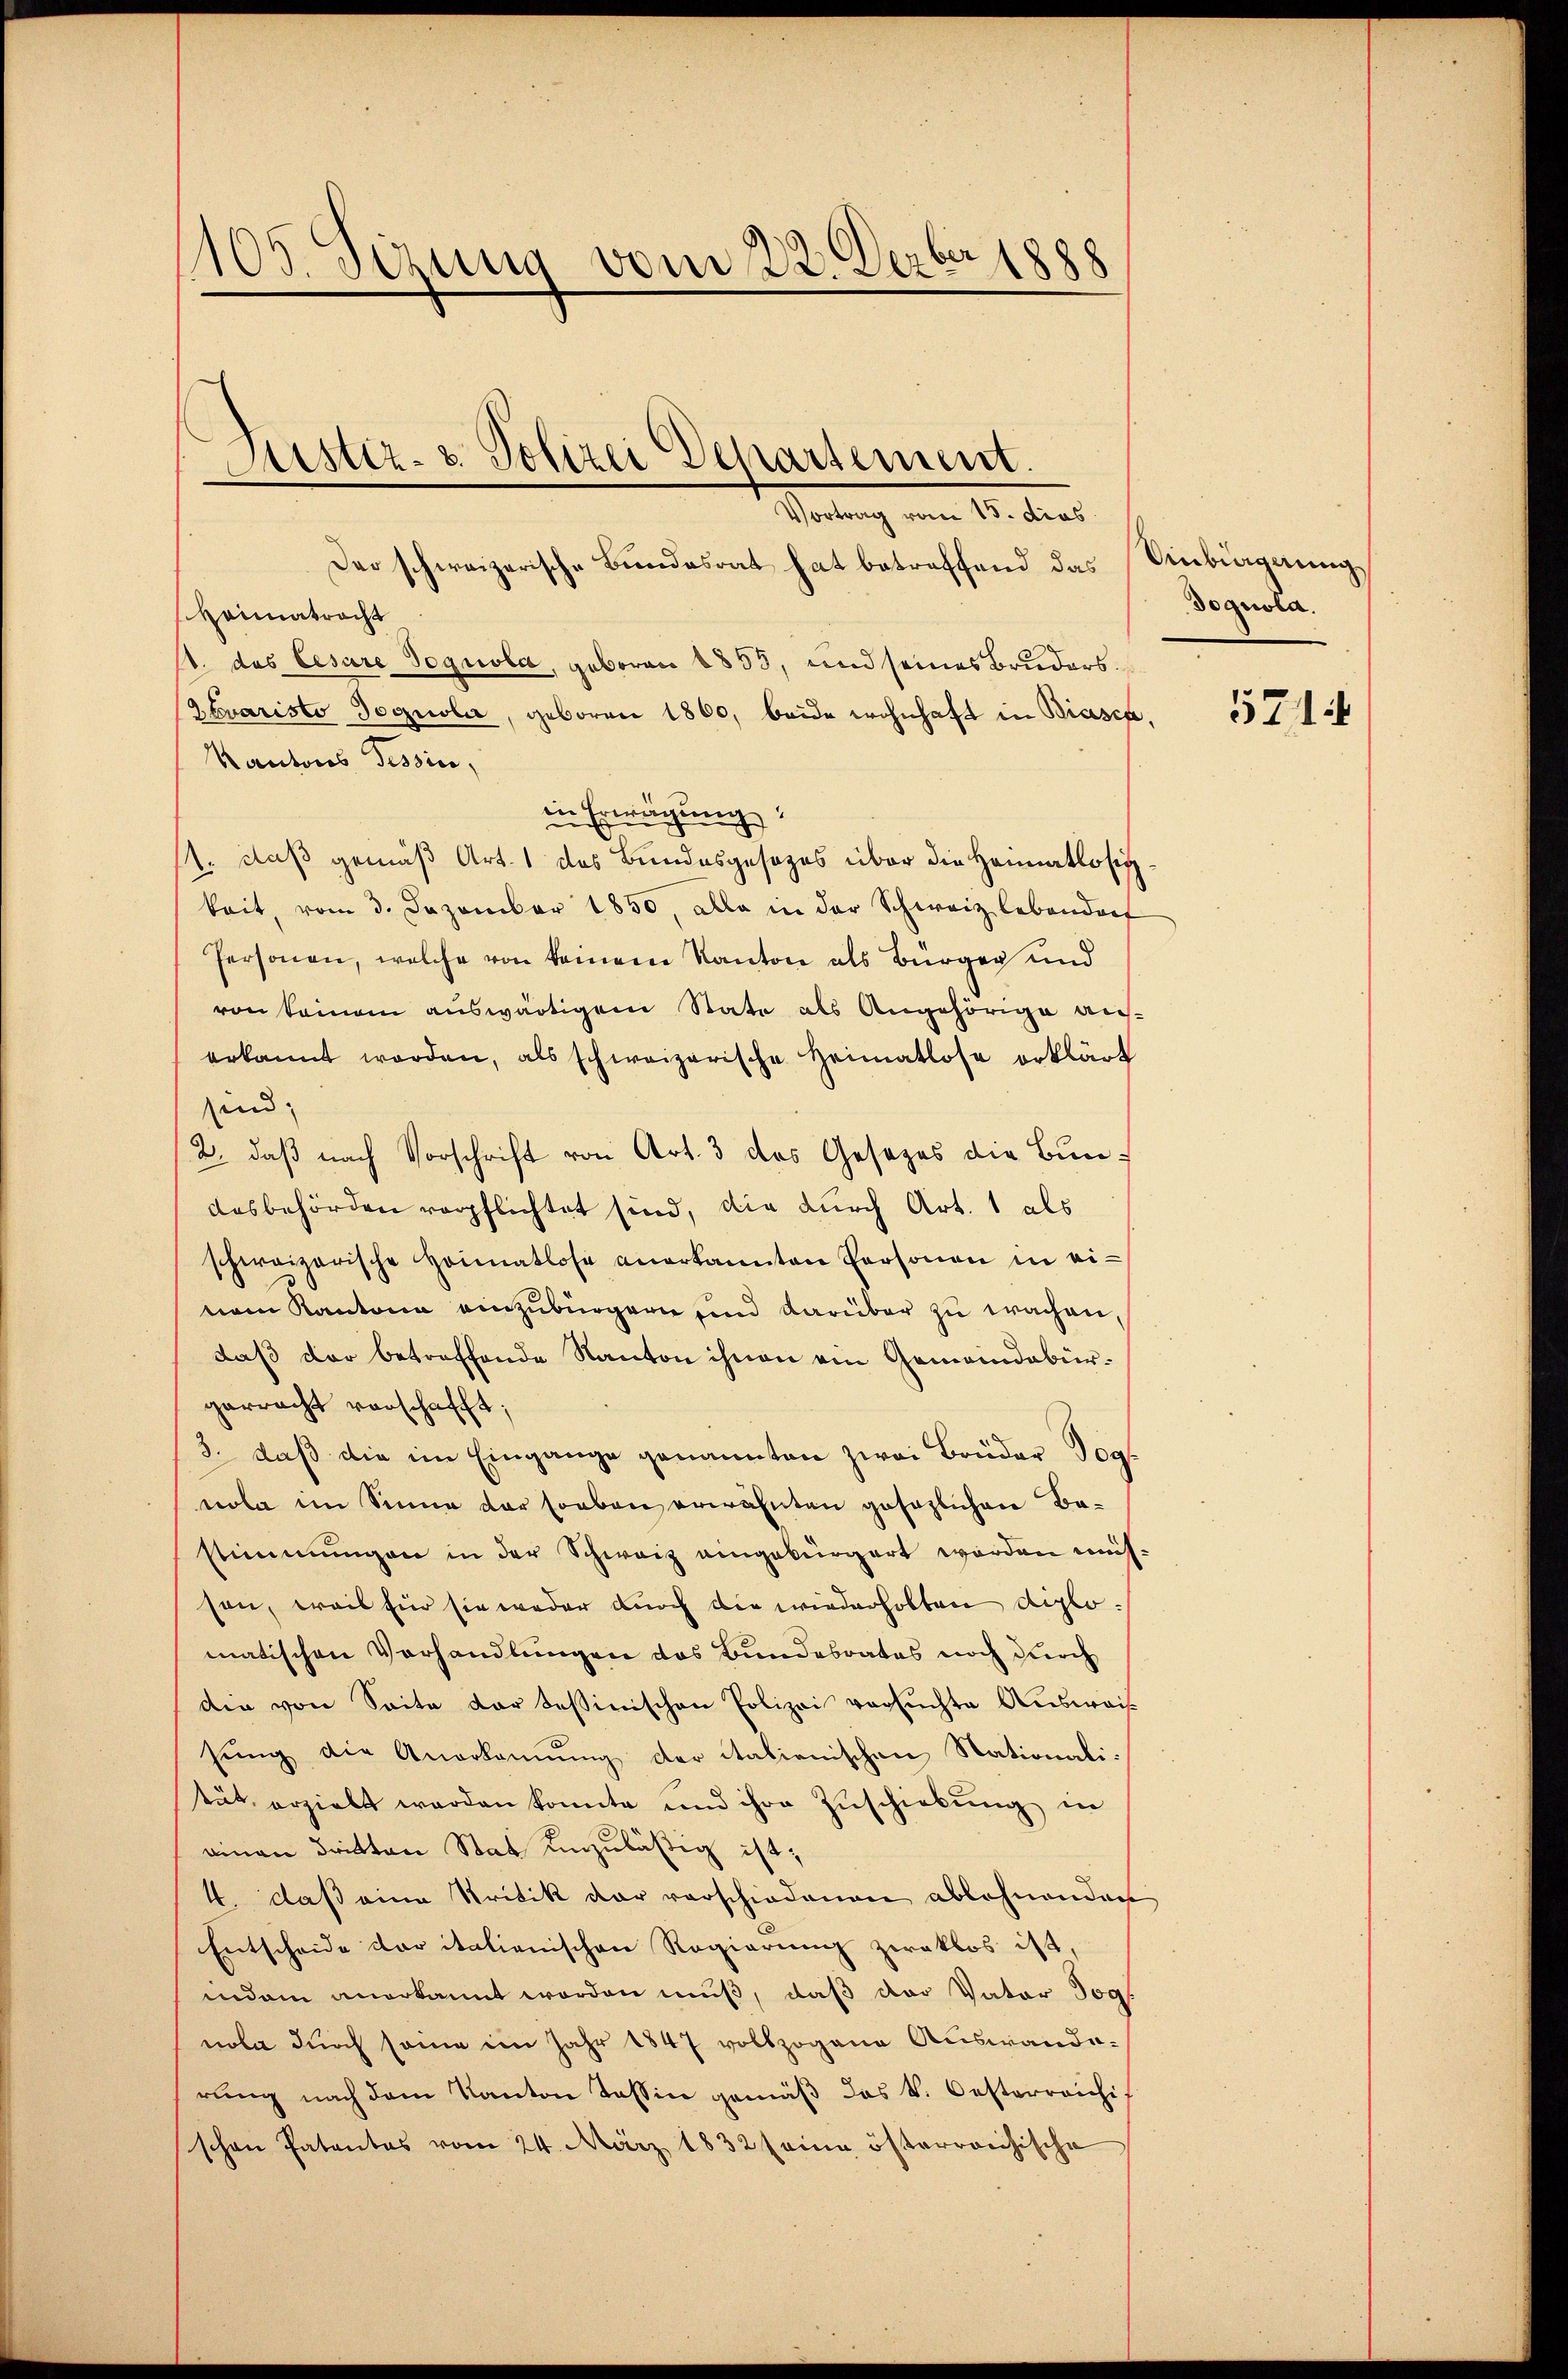
105. Sizung vom 22. Dezbr 1888

Justiz- & Polizei Departement.

Vortrag vom 15. dies
Der schweizerische Bundesrat hat betreffend das Einbiagnung,
Heimatracht
A. das Cesare Segnola, geboren 1853, und seines Bruders¬
Ztuaristo Doguola, geboren 1860, beide wohnhaft in Biasca,
Kantons Tessin,
in Erwägung:
1. daß gemäß Art. 1 des Bundesgesezes über die Heimatlosigkeit, vom 3. Dezember 1850, alle in der Schweiz lebendorf
Personen, welche von keinem Kanton als Bürger und
von keinem auswärtigem State als Angehörige auserkannt worden, als schweizerische Heimatlose erklärt
sind. |
2. daß nach Vorschrift von Art. 3 des Gesezes die Bundesbehörden verpflichtet sind, die durch Art. 1 als
schweizerische Heimatlose anerkannten Personen in einem Kantone einzubürgern und darüber zu wachen,
daß der betreffende Kanton ihnen ein Gemeindebürgerracht verschafft;
3. daß die im Eingange genannten zwei Brüder Vog
nola im Sinne der soeben erwähnten gesezlichen Ba-
stimmungen in der Schweiz eingebürgert worden mich.
son, weil für sie weder durch die wiederholten diplomatischen Verhandlungen das Bundesrates noch durch
die von Seite der Tessinischen Polizei versuchte Aŭsweis
sung die Anerkennung der italienischen Nationalität erzielt werden konnte und ihre Zuschiebung in
.
einen dritten Stat unzuläßig ist,
4. daß eine Kritik der vorschiedenen ablehnenden
Entscheide der italienischen Regierung zwaklos ist,
indem anerkannt worden muß, daß der Vater Jog
nola durch sonne im Jahr 1847 vollzogene Auswanderung nach dem Kanton Tessin gemäß das k. Oesterreichis
schen Patentes vom 24. März 1832 seine österreichische

Soquota.

5714